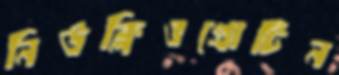
নিউক্লিওপ্রোটিন